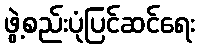
ဖွဲ့စည်းပုံပြင်ဆင်ရေး